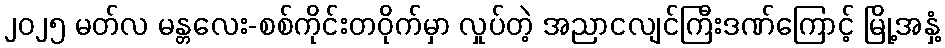
၂၀၂၅ မတ်လ မန္တလေး-စစ်ကိုင်းတဝိုက်မှာ လှုပ်တဲ့ အညာငလျင်ကြီးဒဏ်ကြောင့် မြို့အနှံ့